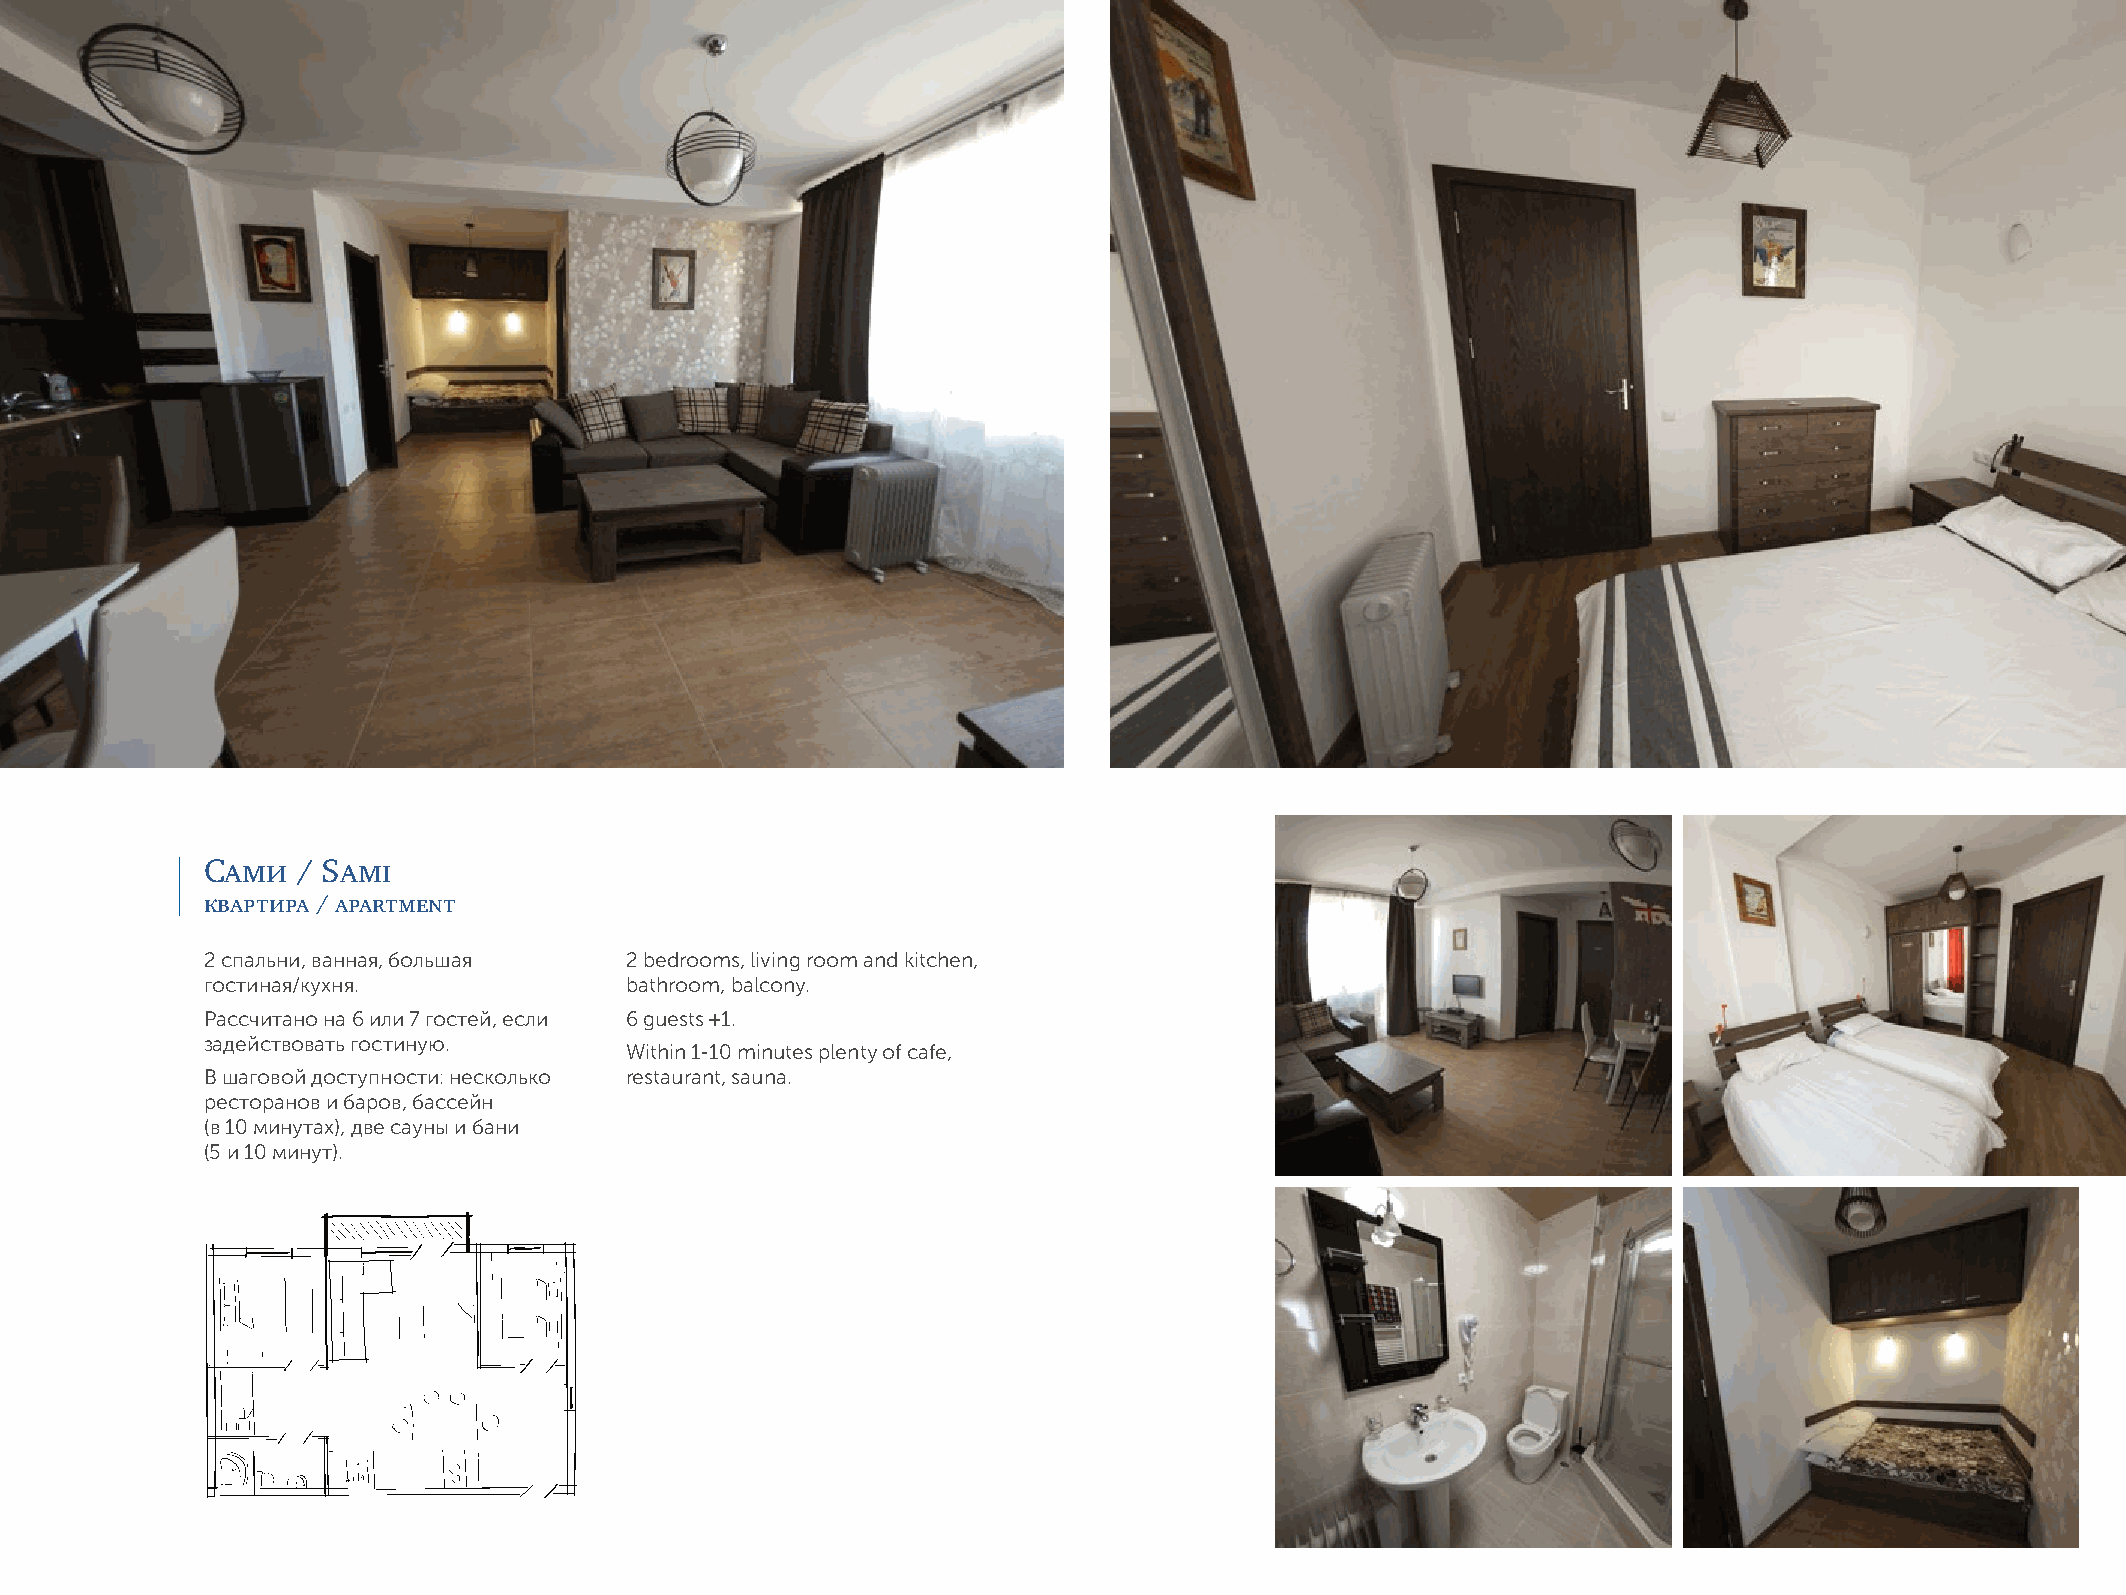
Cами  / Sami
 квартира / apartment
 2 cпальни, ванная, большая 2 bedrooms, living room and kitchen,
 гостиная/кухня.            bathroom, balcony.
 Рассчитано на 6 или 7 гостей, если 6 guests +1.
 задействовать гостиную.
 Within 1-10 minutes plenty of cafe,
 В шаговой доступности: несколько restaurant, sauna.
 ресторанов и баров, бассейн
 (в 10 минутах), две сауны и бани
 (5 и 10 минут).